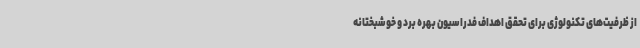
از ظرفیت‌های تکنولوژی برای تحقق اهداف فدراسیون بهره برد و خوشبختانه